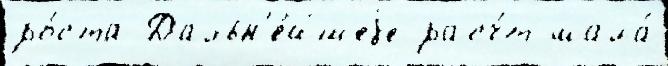
ро́ста Дальн'е́йшеjе расч́т мала́